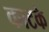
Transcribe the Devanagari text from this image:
काटके